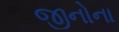
જીનોના